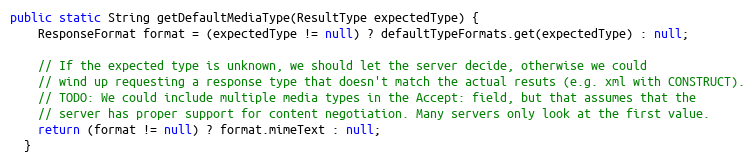
Language: Java
public static String getDefaultMediaType(ResultType expectedType) {
    ResponseFormat format = (expectedType != null) ? defaultTypeFormats.get(expectedType) : null;

    // If the expected type is unknown, we should let the server decide, otherwise we could
    // wind up requesting a response type that doesn't match the actual resuts (e.g. xml with CONSTRUCT).
    // TODO: We could include multiple media types in the Accept: field, but that assumes that the
    // server has proper support for content negotiation. Many servers only look at the first value.
    return (format != null) ? format.mimeText : null;
  }